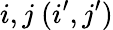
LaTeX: i,j~(i^{\prime},j^{\prime})